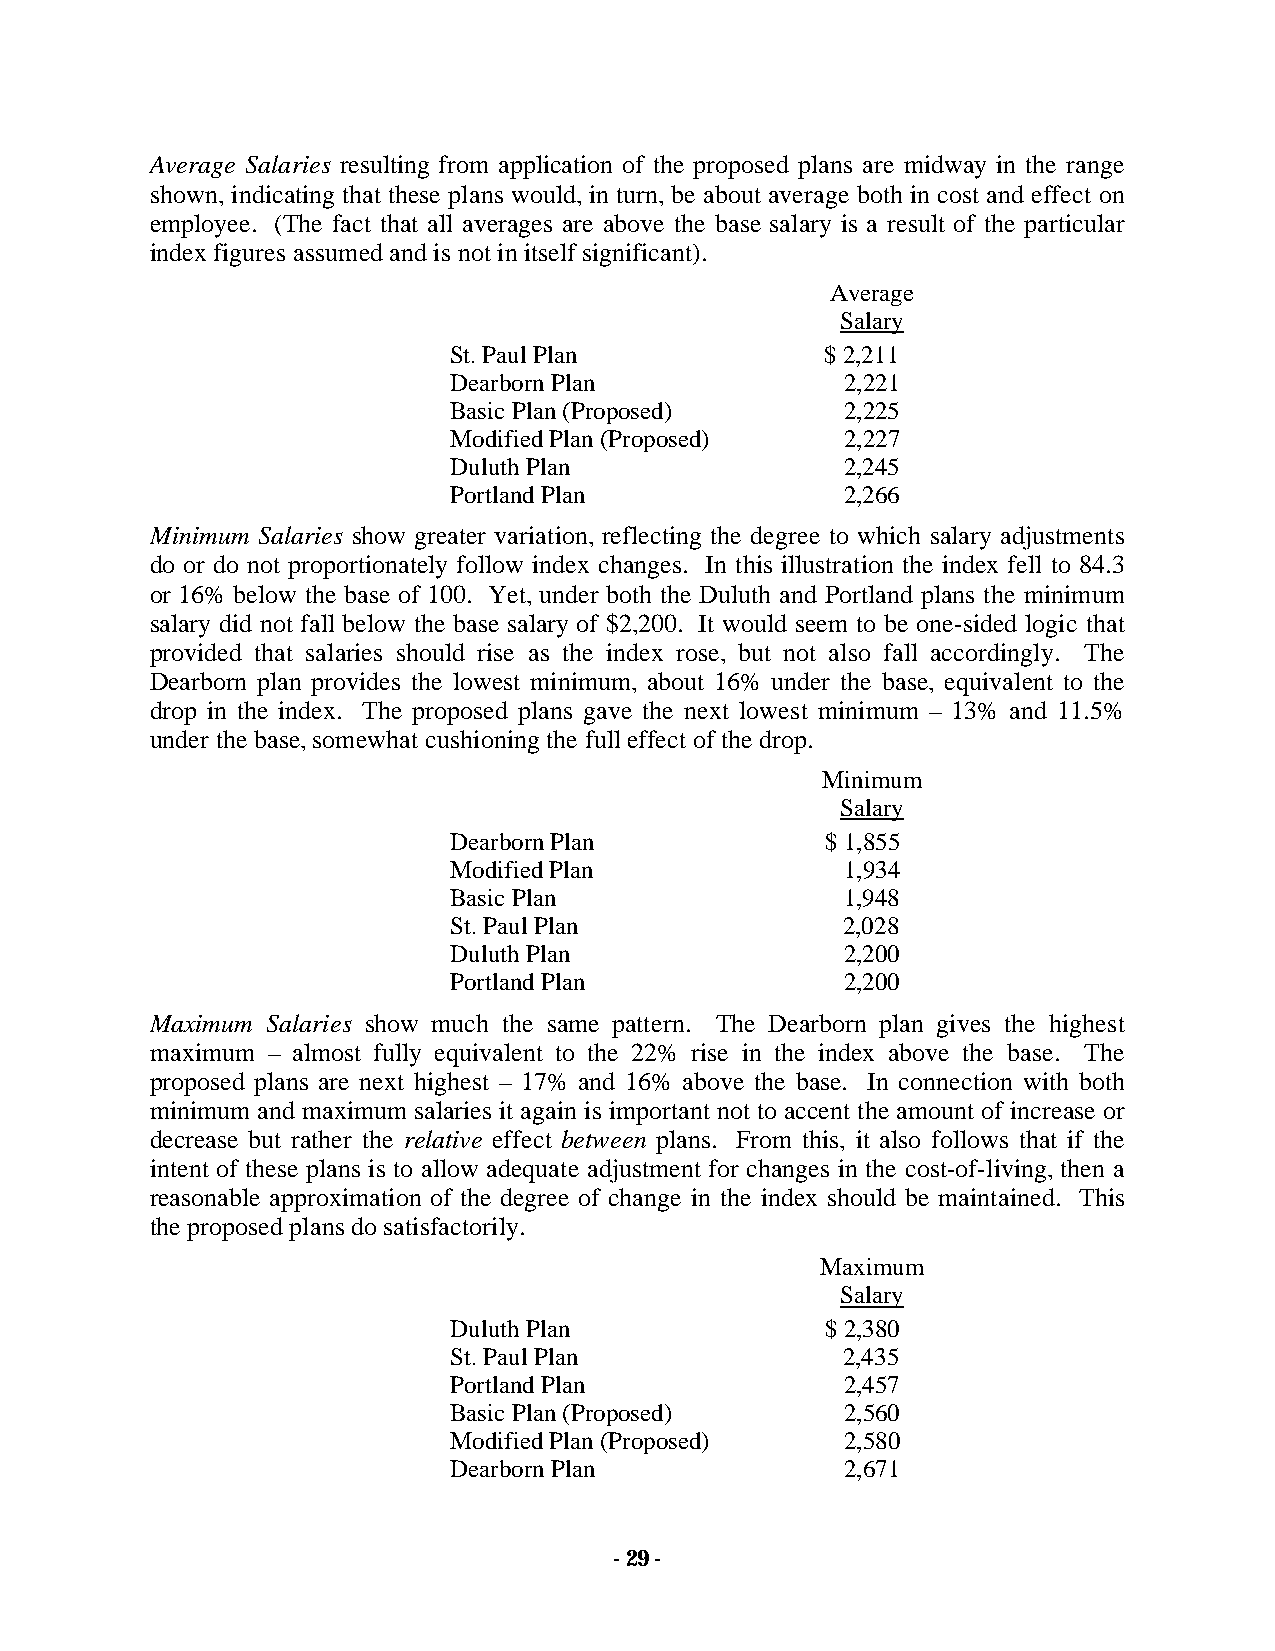
Average Salaries resulting from application of the proposed plans are midway in the range
 shown, indicating that these plans would, in turn, be about average both in cost and effect on
 employee. (The fact that all averages are above the base salary is a result of the particular
 index figures assumed and is not in itself significant).
 Average
 Salary
 St. Paul Plan            $ 2,211
 Dearborn Plan             2,221
 Basic Plan (Proposed)     2,225
 Modified Plan (Proposed)  2,227
 Duluth Plan               2,245
 Portland Plan             2,266
 Minimum Salaries show greater variation, reflecting the degree to which salary adjustments
 do or do not proportionately follow index changes. In this illustration the index fell to 84.3
 or 16% below the base of 100. Yet, under both the Duluth and Portland plans the minimum
 salary did not fall below the base salary of $2,200. It would seem to be one-sided logic that
 provided that salaries should rise as the index rose, but not also fall accordingly. The
 Dearborn plan provides the lowest minimum, about 16% under the base, equivalent to the
 drop in the index. The proposed plans gave the next lowest minimum – 13% and 11.5%
 under the base, somewhat cushioning the full effect of the drop.
 Minimum
 Salary
 Dearborn Plan            $ 1,855
 Modified Plan             1,934
 Basic Plan                1,948
 St. Paul Plan             2,028
 Duluth Plan               2,200
 Portland Plan             2,200
 Maximum Salaries show much the same pattern. The Dearborn plan gives the highest
 maximum – almost fully equivalent to the 22% rise in the index above the base. The
 proposed plans are next highest – 17% and 16% above the base. In connection with both
 minimum and maximum salaries it again is important not to accent the amount of increase or
 decrease but rather the relative effect between plans. From this, it also follows that if the
 intent of these plans is to allow adequate adjustment for changes in the cost-of-living, then a
 reasonable approximation of the degree of change in the index should be maintained. This
 the proposed plans do satisfactorily.
 Maximum
 Salary
 Duluth Plan              $ 2,380
 St. Paul Plan             2,435
 Portland Plan             2,457
 Basic Plan (Proposed)     2,560
 Modified Plan (Proposed)  2,580
 Dearborn Plan             2,671
 - 29 -